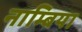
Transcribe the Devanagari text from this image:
नाम्बिया